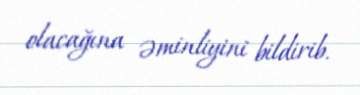
olacağına əminliyini bildirib.